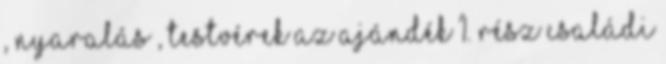
, nyaralás , testvérek Az ajándék 1. rész családi